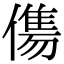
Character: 𬿶